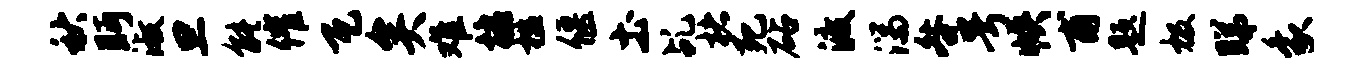
秋眄淑旦能催瓦矣难棣槛偃土乩楮死砧渡湍咎号帙甫题极睇象